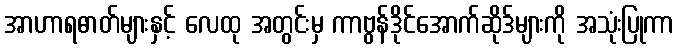
အာဟာရဓာတ်များနှင့် လေထု အတွင်းမှ ကာဗွန်ဒိုင်အောက်ဆိုဒ်များကို အသုံးပြုကာ